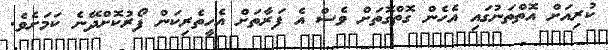
ކުރިއަށް އޮތްތަނުގައި އެހެން ގޮތްގޮތަށް ވެސް އެ ފަރާތަށް އެހީތެރިކަން ފޯރުކޮށްދޭނެ ކަމަށެވެ.